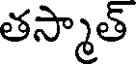
తస్మాత్